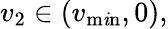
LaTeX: v_{2}\in(v_{\operatorname*{m\mathit{i}n}},0),